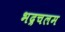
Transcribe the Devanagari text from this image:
भद्रचलम